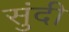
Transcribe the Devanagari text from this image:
सुंदी